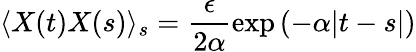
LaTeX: \langle X(t)X(s)\rangle_{s}=\frac{\epsilon}{2\alpha}\exp\left(-\alpha|t-s|\right)